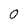
Character: 0